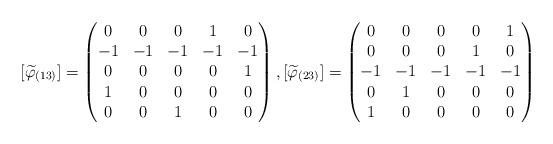
LaTeX: \begin{align*}[\widetilde{\varphi}_{(13)}]=\begin{pmatrix}0 & 0 & 0 & 1 & 0 \\-1 & -1 & -1 & -1 & -1 \\0 & 0 & 0 & 0 & 1 \\1 & 0 & 0 & 0 & 0 \\0 & 0 & 1 & 0 & 0 \end{pmatrix},[\widetilde{\varphi}_{(23)}]=\begin{pmatrix}0 & 0 & 0 & 0 & 1 \\0 & 0 & 0 & 1 & 0 \\-1 & -1 & -1 & -1 & -1 \\0 & 1 & 0 & 0 & 0 \\1 & 0 & 0 & 0 & 0 \end{pmatrix}\end{align*}